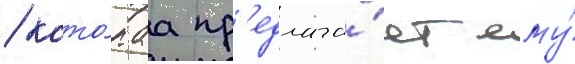
/ кото́раа пр'едлага́ет ему́